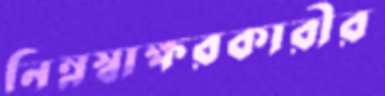
নিম্নস্বাক্ষরকারীর